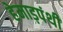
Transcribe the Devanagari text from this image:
हेमाड़पंथी